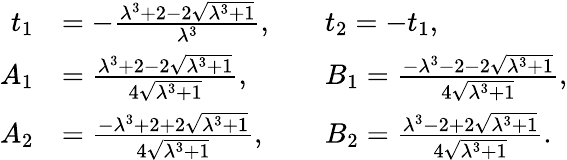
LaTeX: \begin{array}{rlrl}{t_{1}}&{=-\frac{\lambda^{3}+2-2\sqrt{\lambda^{3}+1}}{\lambda^{3}},}&&{t_{2}=-t_{1},}\\ {A_{1}}&{=\frac{\lambda^{3}+2-2\sqrt{\lambda^{3}+1}}{4\sqrt{\lambda^{3}+1}},}&&{B_{1}=\frac{-\lambda^{3}-2-2\sqrt{\lambda^{3}+1}}{4\sqrt{\lambda^{3}+1}},}\\ {A_{2}}&{=\frac{-\lambda^{3}+2+2\sqrt{\lambda^{3}+1}}{4\sqrt{\lambda^{3}+1}},}&&{B_{2}=\frac{\lambda^{3}-2+2\sqrt{\lambda^{3}+1}}{4\sqrt{\lambda^{3}+1}}.}\end{array}